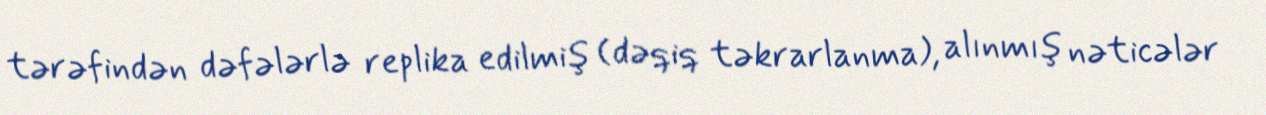
tərəfindən dəfələrlə replika edilmiş (dəqiq təkrarlanma), alınmış nəticələr